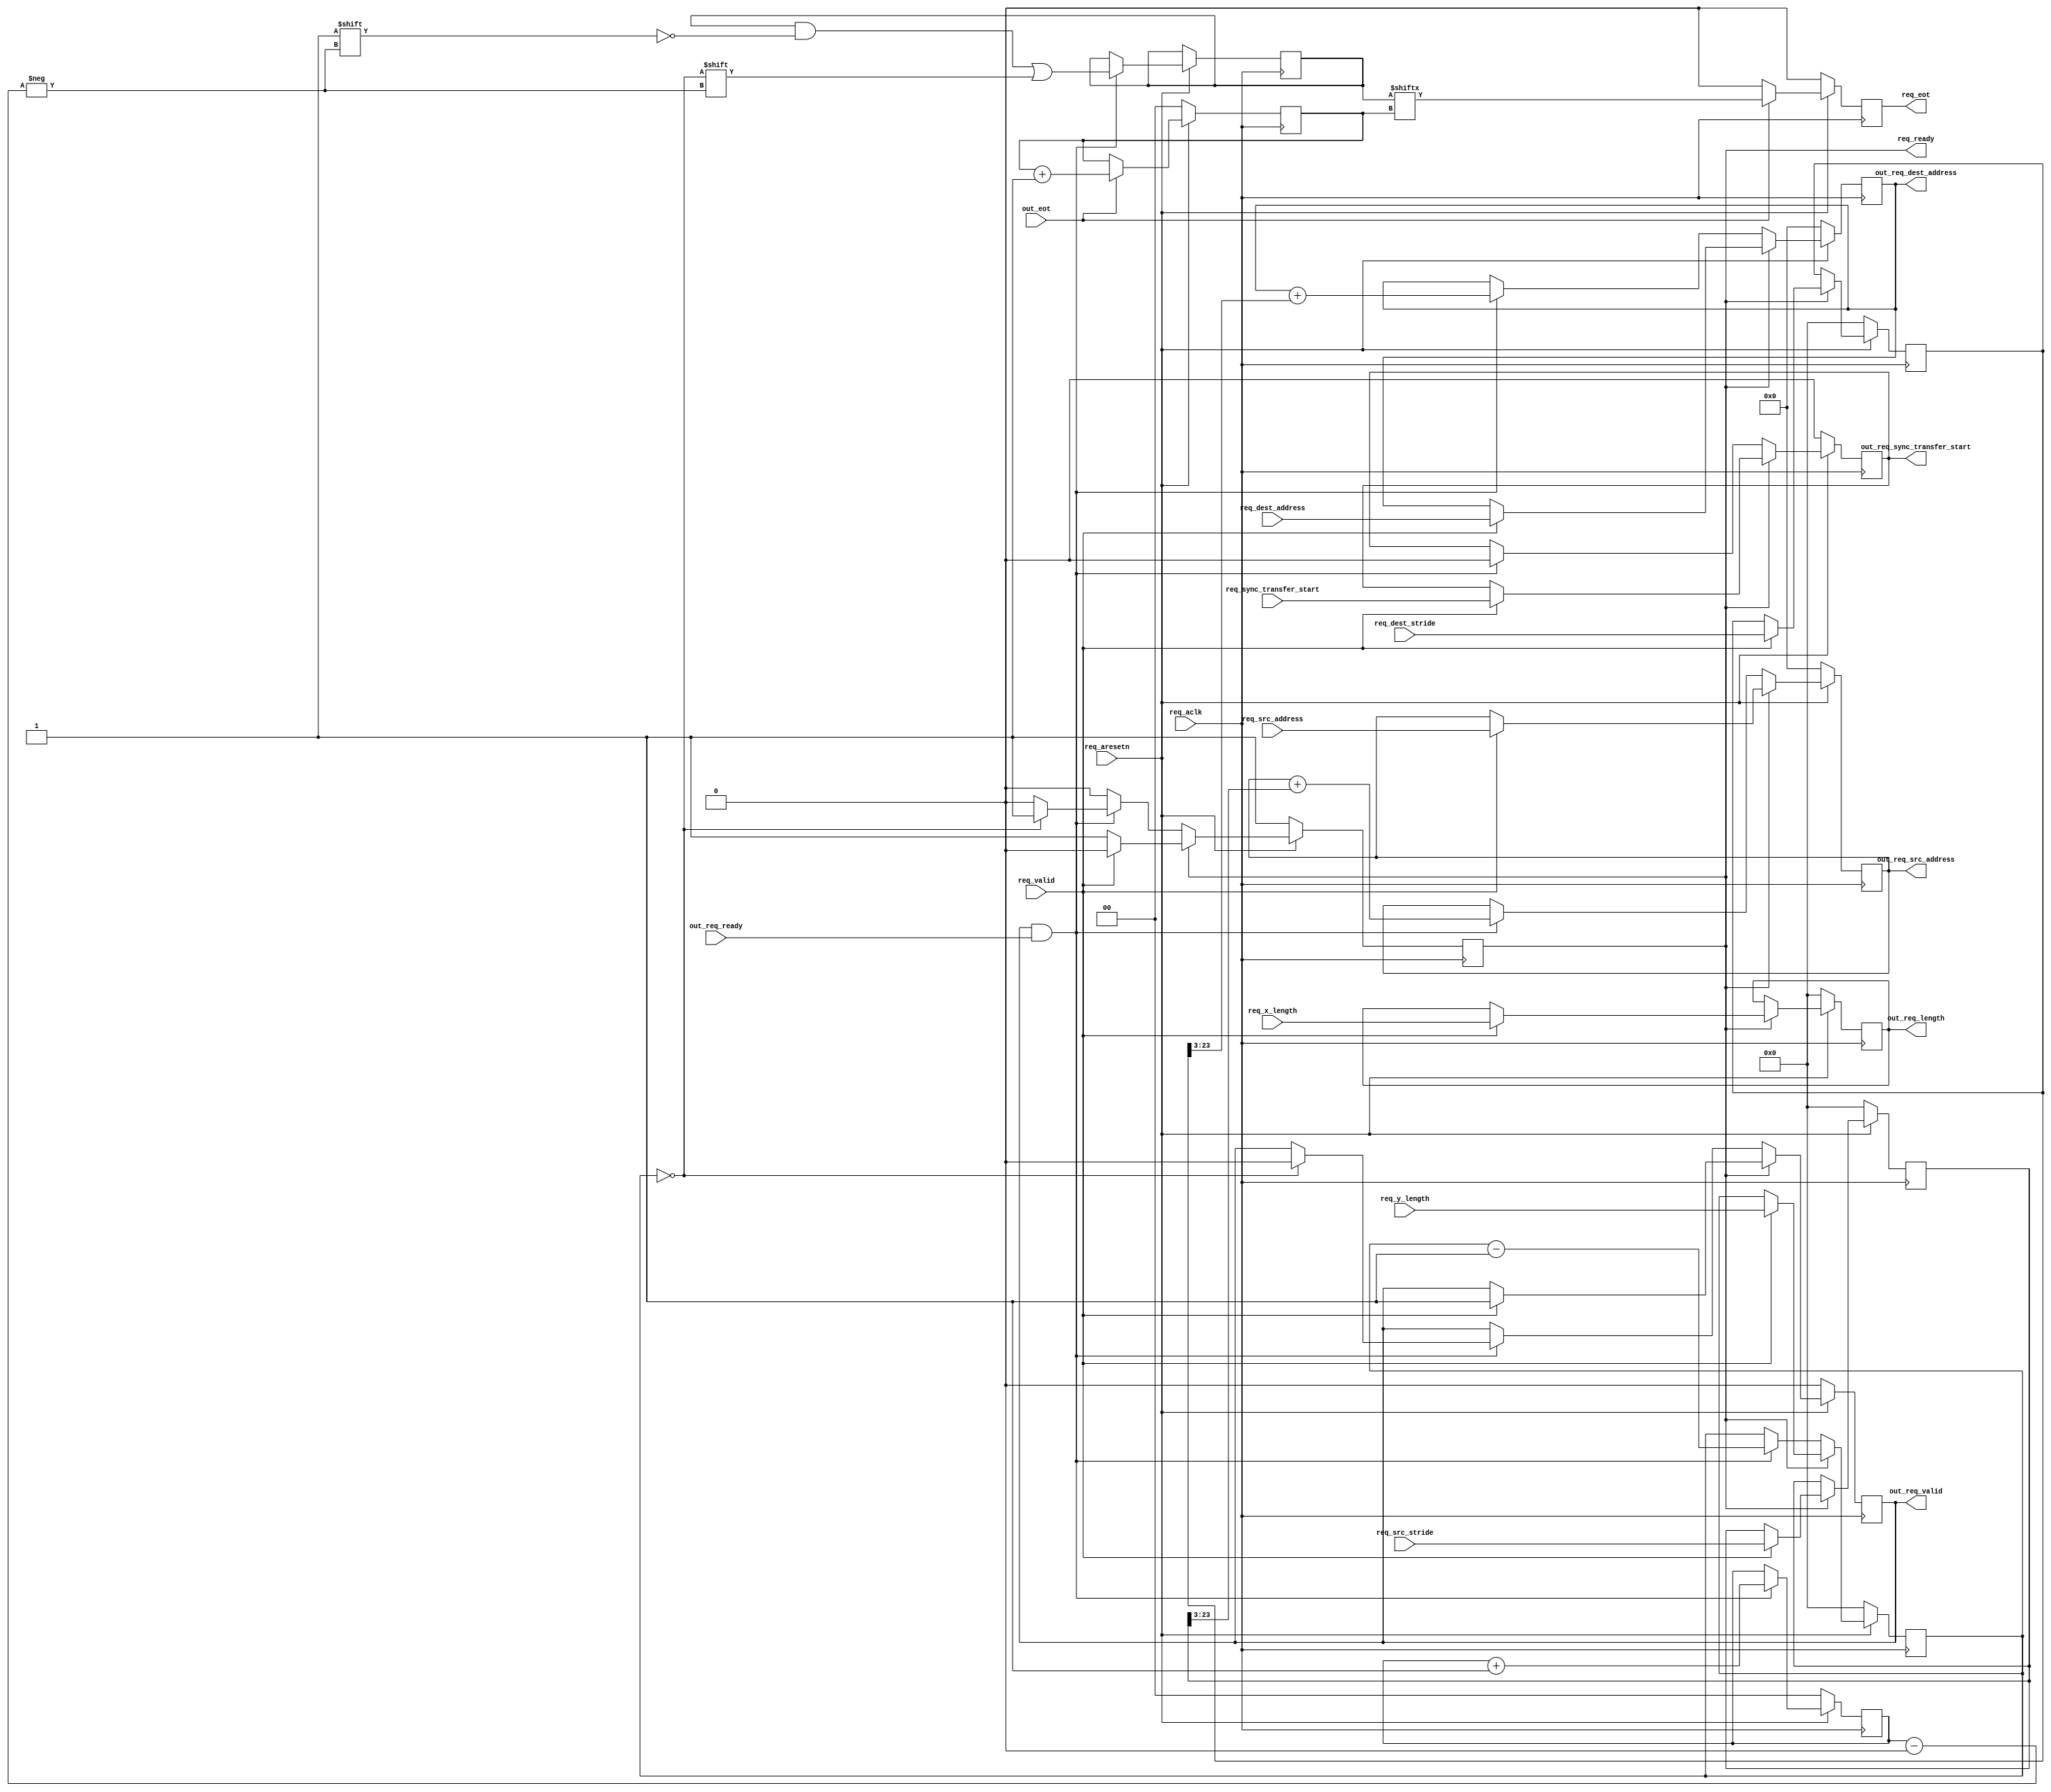
module dmac_2d_transfer (
	input req_aclk,
	input req_aresetn,

	input req_valid,
	output reg req_ready,

	input [31:BYTES_PER_BEAT_WIDTH_DEST] req_dest_address,
	input [31:BYTES_PER_BEAT_WIDTH_SRC] req_src_address,
	input [DMA_LENGTH_WIDTH-1:0] req_x_length,
	input [DMA_LENGTH_WIDTH-1:0] req_y_length,
	input [DMA_LENGTH_WIDTH-1:0] req_dest_stride,
	input [DMA_LENGTH_WIDTH-1:0] req_src_stride,
	input req_sync_transfer_start,
	output reg req_eot,
	
	output reg out_req_valid,
	input out_req_ready,
	output [31:BYTES_PER_BEAT_WIDTH_DEST] out_req_dest_address,
	output [31:BYTES_PER_BEAT_WIDTH_SRC] out_req_src_address,
	output [DMA_LENGTH_WIDTH-1:0] out_req_length,
	output reg out_req_sync_transfer_start,
	input out_eot
);

parameter DMA_LENGTH_WIDTH = 24;
parameter BYTES_PER_BEAT_WIDTH_SRC = 3;
parameter BYTES_PER_BEAT_WIDTH_DEST = 3;

reg [31:BYTES_PER_BEAT_WIDTH_DEST] dest_address;
reg [31:BYTES_PER_BEAT_WIDTH_SRC] src_address;
reg [DMA_LENGTH_WIDTH-1:0] x_length;
reg [DMA_LENGTH_WIDTH-1:0] y_length;
reg [DMA_LENGTH_WIDTH-1:0] dest_stride;
reg [DMA_LENGTH_WIDTH-1:0] src_stride;

reg [1:0] req_id;
reg [1:0] eot_id;
reg [3:0] last_req;

assign out_req_dest_address = dest_address;
assign out_req_src_address = src_address;
assign out_req_length = x_length;

always @(posedge req_aclk)
begin
	if (req_aresetn == 1'b0) begin
		req_id <= 2'b0;
		eot_id <= 2'b0;
		req_eot <= 1'b0;
	end else begin
		if (out_req_valid && out_req_ready) begin
			req_id <= req_id + 1'b1;
			last_req[req_id] <= y_length == 0;
		end
		req_eot <= 1'b0;
		if (out_eot) begin
			eot_id <= eot_id + 1'b1;
			req_eot <= last_req[eot_id];
		end
	end
end

always @(posedge req_aclk)
begin
	if (req_aresetn == 1'b0) begin
		dest_address <= 'h00;
		src_address <= 'h00;
		x_length <= 'h00;
		y_length <= 'h00;
		dest_stride <= 'h00;
		src_stride <= 'h00;
		req_ready <= 1'b1;
		out_req_valid <= 1'b0;
		out_req_sync_transfer_start <= 1'b0;
	end else begin
		if (req_ready) begin
			if (req_valid) begin
				dest_address <= req_dest_address;
				src_address <= req_src_address;
				x_length <= req_x_length;
				y_length <= req_y_length;
				dest_stride <= req_dest_stride;
				src_stride <= req_src_stride;
				out_req_sync_transfer_start <= req_sync_transfer_start;
				req_ready <= 1'b0;
				out_req_valid <= 1'b1;
			end
		end else begin
			if (out_req_valid && out_req_ready) begin
				dest_address <= dest_address + dest_stride[DMA_LENGTH_WIDTH-1:BYTES_PER_BEAT_WIDTH_DEST];
				src_address <= src_address + src_stride[DMA_LENGTH_WIDTH-1:BYTES_PER_BEAT_WIDTH_SRC];
				y_length <= y_length - 1'b1;
				out_req_sync_transfer_start <= 1'b0;
				if (y_length == 0) begin
					out_req_valid <= 1'b0;
					req_ready <= 1'b1;
				end
			end
		end
	end
end

endmodule